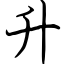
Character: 升